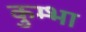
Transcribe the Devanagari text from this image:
कुम्‍भा